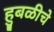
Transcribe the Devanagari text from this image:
हुबळीचे